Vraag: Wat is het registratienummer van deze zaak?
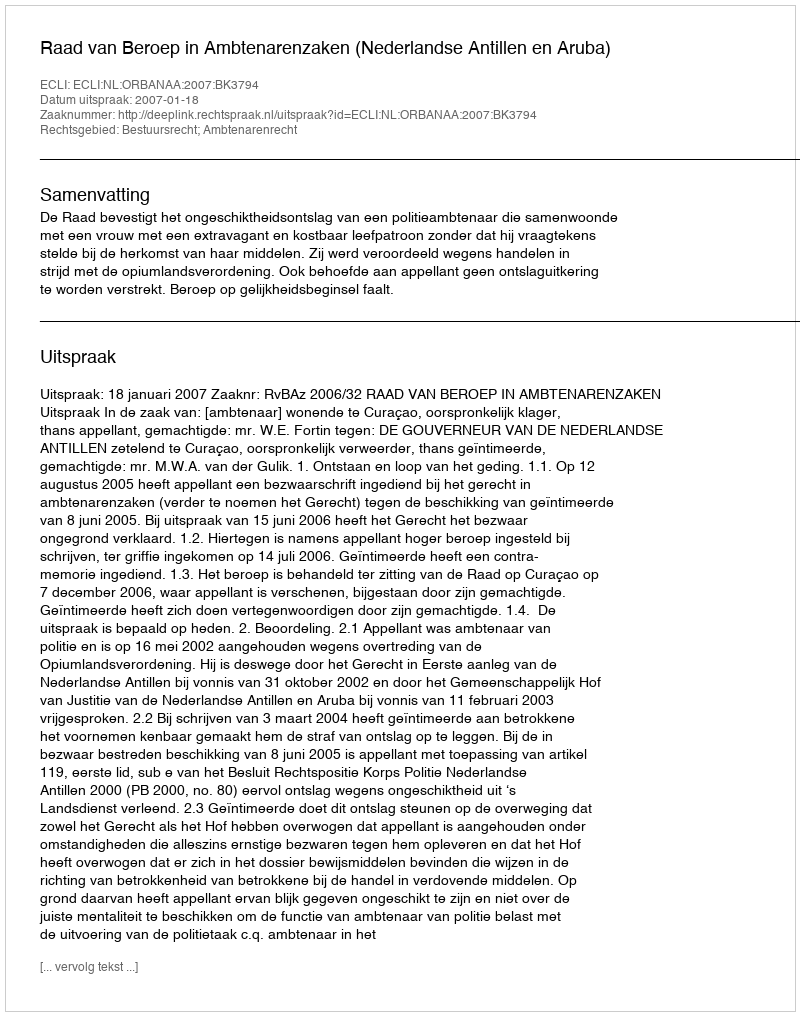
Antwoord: http://deeplink.rechtspraak.nl/uitspraak?id=ECLI:NL:ORBANAA:2007:BK3794